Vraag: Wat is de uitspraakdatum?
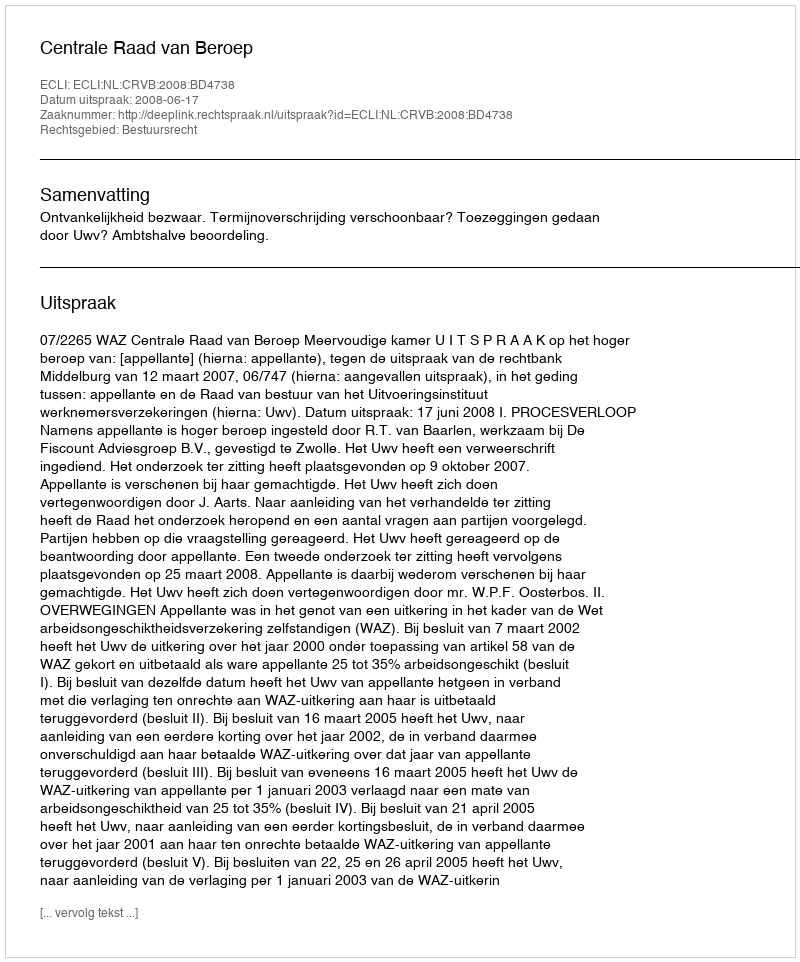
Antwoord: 2008-06-17